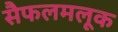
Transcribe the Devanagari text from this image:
सैफलमलूक